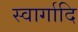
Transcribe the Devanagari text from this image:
स्वार्गादि